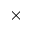
\times